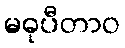
မဓုပီတာဝ